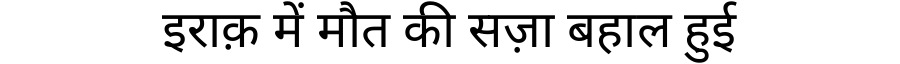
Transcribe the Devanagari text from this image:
इराक़ में मौत की सज़ा बहाल हुई